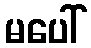
မပေါ်